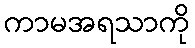
ကာမအရသာကို